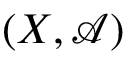
( X , { \mathcal { A } } )